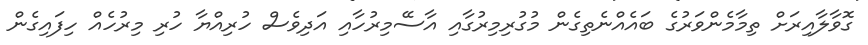
ގޮވާލާއިރަށް ތިމާމެންވަރުގެ ބައެއްނެތިގެން މުގުރިމިރުގާއި އާސޭމިރުހާއި އަދިވެސް ހުރިއްޔާ ހުރި މިރުހެއް ހިފައިގެން